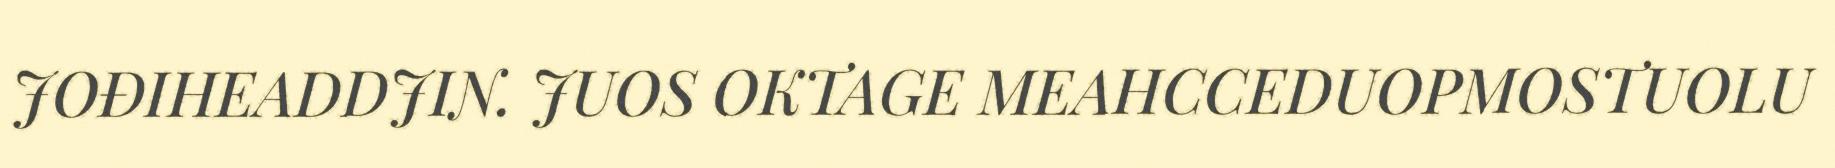
JOĐIHEADDJIN. JUOS OKTAGE MEAHCCEDUOPMOSTUOLU